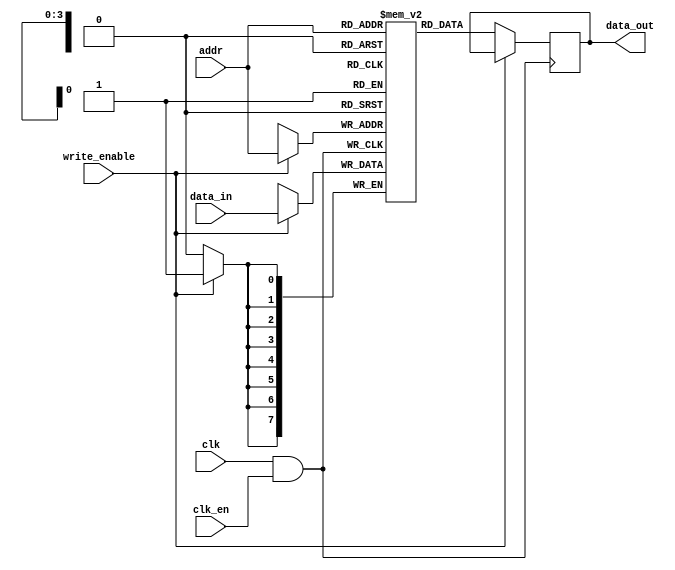
module MemoryBlock #(
    parameter ADDR_WIDTH = 4, // Example: 16 memory locations (2^4)
    parameter DATA_WIDTH = 8   // Example: 8-bit data width
)(
    input wire clk,            // Global clock input
    input wire clk_en,        // Static clock enable signal
    input wire [ADDR_WIDTH-1:0] addr, // Address input
    input wire [DATA_WIDTH-1:0] data_in, // Data input for write
    input wire write_enable,   // Write enable signal
    output reg [DATA_WIDTH-1:0] data_out // Data output for read
);

// Memory array
reg [DATA_WIDTH-1:0] memory_array [(2**ADDR_WIDTH)-1:0];

// Clock gating logic
wire gated_clk;
assign gated_clk = clk & clk_en; // AND gate for clock gating

// Memory operations
always @(posedge gated_clk) begin
    if (write_enable) begin
        // Write operation
        memory_array[addr] <= data_in;
    end
    else begin
        // Read operation
        data_out <= memory_array[addr];
    end
end

endmodule